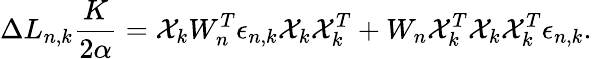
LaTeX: \Delta L_{n,k}\frac{K}{2\alpha}=\mathcal{X}_{k}W_{n}^{T}\epsilon_{n,k}\mathcal{X}_{k}\mathcal{X}_{k}^{T}+W_{n}\mathcal{X}_{k}^{T}\mathcal{X}_{k}\mathcal{X}_{k}^{T}\epsilon_{n,k}.